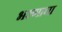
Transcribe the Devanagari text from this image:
भरणाचा